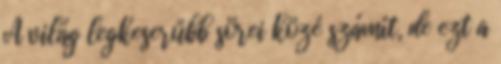
A világ legkeserűbb sörei közé számít, de ezt a